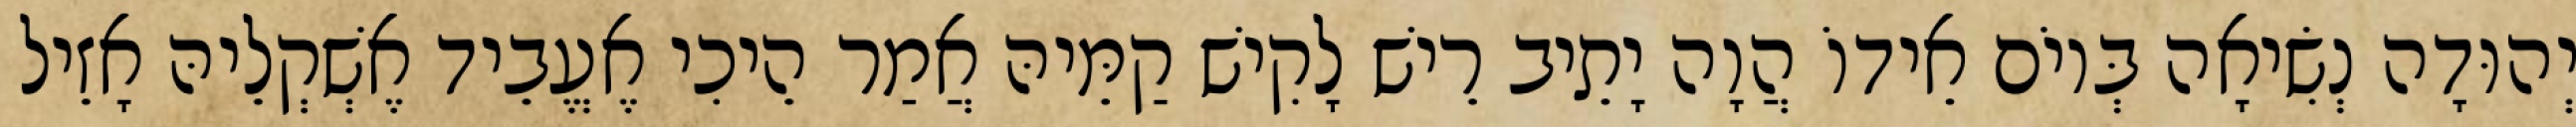
יְהוּדָה נְשִׂיאָה בְּיוֹם אֵידוֹ הֲוָה יָתֵיב רֵישׁ לָקִישׁ קַמֵּיהּ אֲמַר הֵיכִי אֶעֱבֵיד אֶשְׁקְלֵיהּ אָזֵיל